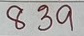
839